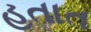
હતાત